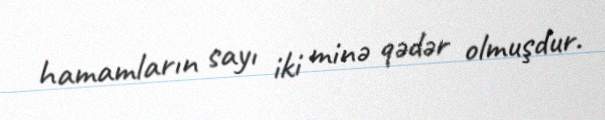
hamamların sayı iki minə qədər olmuşdur.